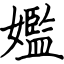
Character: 㜮